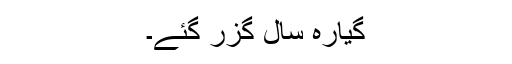
گیارہ سال گزر گئے۔